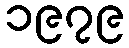
၁၉၇၉